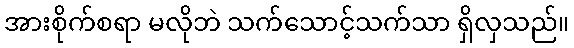
အားစိုက်စရာ မလိုဘဲ သက်သောင့်သက်သာ ရှိလှသည်။